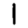
Digit: 1